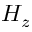
H _ { z }